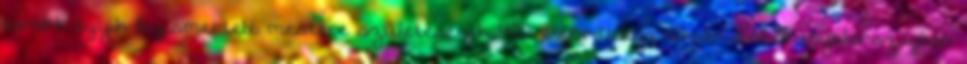
barokk egyik legismertebb mestere születésének 400. évfordulója alkalmából Spanyolországban.